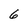
Character: 6